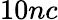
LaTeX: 10nc